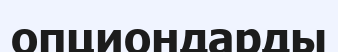
опциондарды